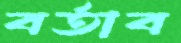
বর্তাব